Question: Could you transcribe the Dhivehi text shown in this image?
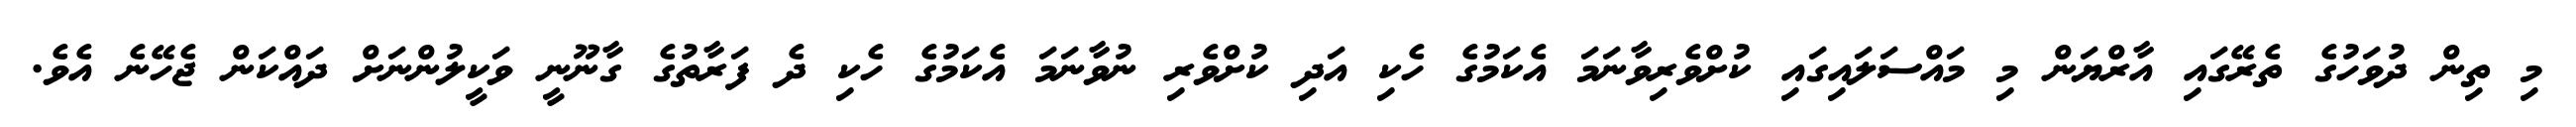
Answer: މި ތިން ދުވަހުގެ ތެރޭގައި އާރްޔަން މި މައްސަލައިގައި ކުށްވެރިވާނަމަ އެކަމުގެ ހެކި އަދި ކުށްވެރި ނުވާނަމަ އެކަމުގެ ހެކި ދެ ފަރާތުގެ ގާނޫނީ ވަކީލުންނަށް ދައްކަން ޖެހޭނެ އެވެ.